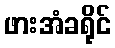
ဖားအံခရိုင်